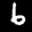
Label: 6